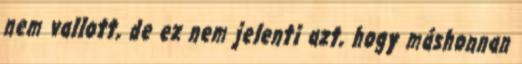
nem vallott, de ez nem jelenti azt, hogy máshonnan